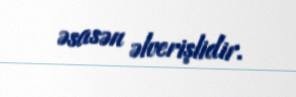
əsasən əlverişlidir.